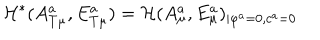
{ \cal H } ^ { * } ( A _ { T \mu } ^ { a } , E _ { T \mu } ^ { a } ) = { \cal H } ( A _ { \mu } ^ { a } , E _ { \mu } ^ { a } ) _ { \mid \varphi ^ { a } = 0 , c ^ { a } = 0 }